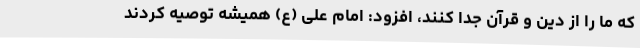
که ما را از دین و قرآن جدا کنند، افزود: امام علی (ع) همیشه توصیه کردند